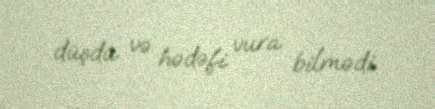
düşdü və hədəfi vura bilmədi.